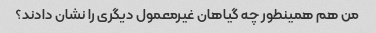
من هم همینطور چه گیاهان غیرمعمول دیگری را نشان دادند؟